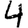
Digit: 4